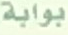
بوابة